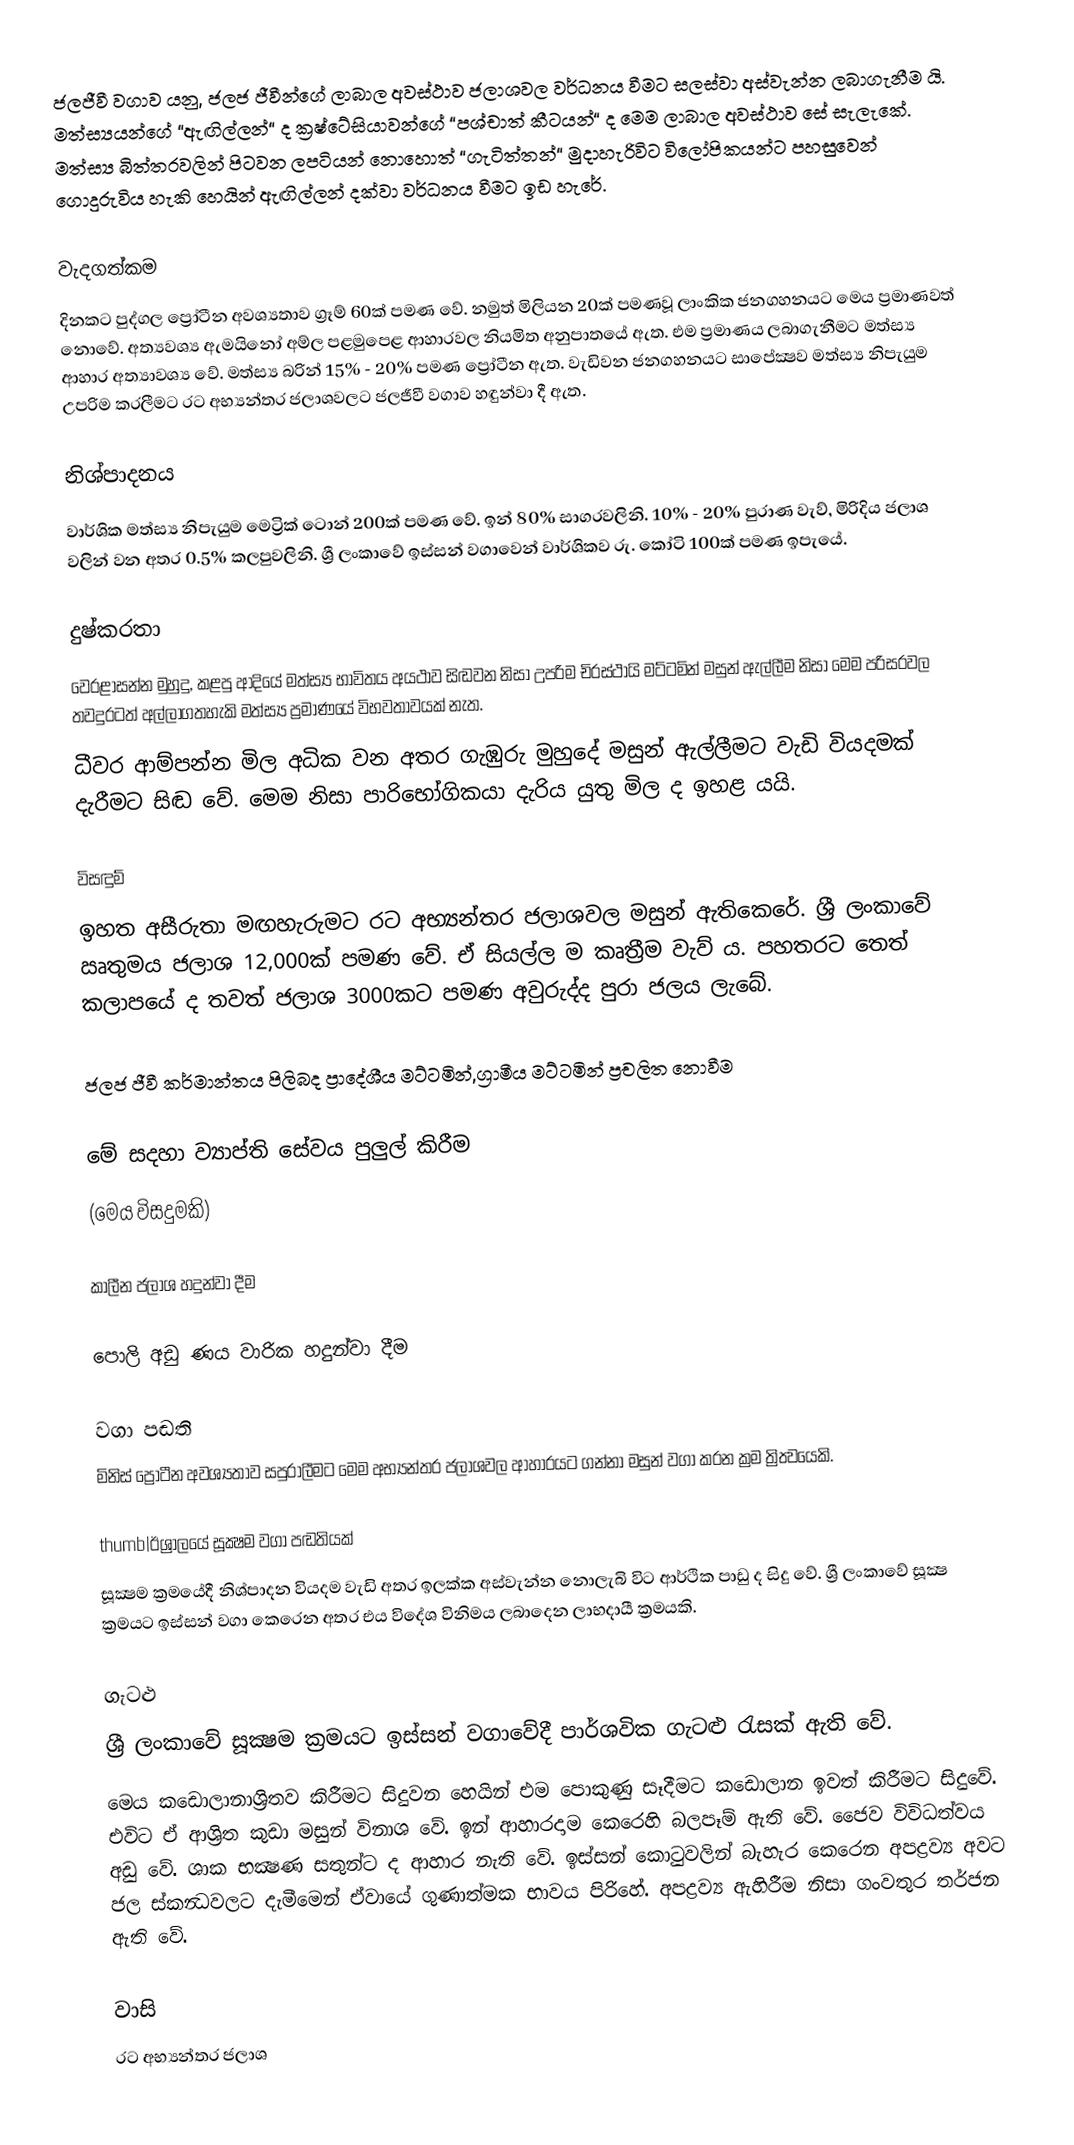
ජලජීවී වගාව යනු, ජලජ ජීවීන්ගේ ලාබාල අවස්ථාව ජලාශවල වර්ධනය වීමට සලස්වා අස්වැන්න ලබාගැනීම යි. මත්ස්‍යයන්ගේ “ඇඟිල්ලන්“ ද ක්‍රෂ්ටේසියාවන්ගේ “පශ්චාත් කීටයන්“ ද මෙම ලාබාල අවස්ථාව සේ සැලැකේ. මත්ස්‍ය බිත්තරවලින් පිටවන ලපටියන් නොහොත් “ගැටිත්තන්“ මුදාහැරිවිට විලෝපිකයන්ට පහසුවෙන් ගොදුරුවිය හැකි හෙයින් ඇඟිල්ලන් දක්වා වර්ධනය වීමට ඉඩ හැරේ.

වැදගත්කම
දිනකට පුද්ගල ප්‍රෝටීන අවශ්‍යතාව ග්‍රෑම් 60ක් පමණ වේ. නමුත් මිලියන 20ක් පමණවූ ලාංකික ජනගහනයට මෙය ප්‍රමාණවත් නොවේ. අත්‍යවශ්‍ය ඇමයිනෝ අම්ල පළමුපෙළ ආහාරවල නියමිත අනුපාතයේ ඇත. එම ප්‍රමාණය ලබාගැනීමට මත්ස්‍ය ආහාර අත්‍යාවශ්‍ය වේ. මත්ස්‍ය බරින් 15% - 20% පමණ ප්‍රෝටීන ඇත. වැඩිවන ජනගහනයට සාපේක්‍ෂව මත්ස්‍ය නිපැයුම උපරිම කරලීමට රට අභ්‍යන්තර ජලාශවලට ජලජීවී වගාව හඳුන්වා දී ඇත.

නිශ්පාදනය
වාර්ශික මත්ස්‍ය නිපැයුම මෙට්‍රික් ටොන් 200ක් පමණ වේ. ඉන් 80% සාගරවලිනි. 10% - 20% පුරාණ වැව්, මිරිදිය ජලාශ වලින් වන අතර 0.5% කලපුවලිනි. ශ්‍රී ලංකාවේ ඉස්සන් වගාවෙන් වාර්ශිකව රු. කෝටි 100ක් පමණ ඉපැයේ.

දුෂ්කරතා
වෙරළාසන්න මුහුදු, කළපු ආදියේ මත්ස්‍ය භාවිතය අයථාව සිඬවන නිසා උපරිම චිරස්ථායි මට්ටමින් මසුන් ඇල්ලීම නිසා මෙම පරිසරවල තවදුරටත් අල්ලාගතහැකි මත්ස්‍ය ප්‍රමාණයේ විභවතාවයක් නැත.
ධීවර ආම්පන්න මිල අධික වන අතර ගැඹුරු මුහුදේ මසුන් ඇල්ලීමට වැඩි වියදමක් දැරීමට සිඬ වේ. මෙම නිසා පාරිභෝගිකයා දැරිය යුතු මිල ද ඉහළ යයි.

විසඳුම්
ඉහත අසීරුතා මඟහැරුමට රට අභ්‍යන්තර ජලාශවල මසුන් ඇතිකෙරේ. ශ්‍රී ලංකාවේ ඍතුමය ජලාශ 12,000ක් පමණ වේ. ඒ සියල්ල ම කෘත්‍රීම වැව් ය. පහතරට තෙත් කලාපයේ ද තවත් ජලාශ 3000කට පමණ අවුරුද්ද පුරා ජලය ලැබේ.

ජලජ ජීවී කර්මාන්තය පිලිබද ප්‍රාදේශීය මට්ටමින්,ග්‍රාමීය මට්ටමින්  ප්‍රචලිත නොවීම

මේ සදහා ව්‍යාප්ති සේවය පුලුල් කිරීම
(මෙය විසදුමකි)

කාලීන ජලාශ හදුන්වා දීම

පොලි අඩු ණය වාරික හදුන්වා දීම

වගා පඬති
මිනිස් ප්‍රෝටීන අවශ්‍යතාව සපුරාලීමට මෙම අභ්‍යන්තර ජලාශවල ආහාරයට ගන්නා මසුන් වගා කරන ක්‍රම ත්‍රිත්‍වයෙකි.

thumb|ඊශ්‍රාලයේ සූක්‍ෂම වගා පඬතියක්
සූක්‍ෂම ක්‍රමයේදී නිශ්පාදන වියදම වැඩි අතර ඉලක්ක අස්වැන්න නොලැබි විට ආර්ථික පාඩු ද සිදු වේ. ශ්‍රී ලංකාවේ සූක්‍ෂ ක්‍රමයට ඉස්සන් වගා කෙරෙන අතර එය විදේශ විනිමය ලබාදෙන ලාභදායී ක්‍රමයකි.

ගැටළු
ශ්‍රී ලංකාවේ සූක්‍ෂම ක්‍රමයට ඉස්සන් වගාවේදී පාර්ශවික ගැටළු රැසක් ඇති වේ.
මෙය කඩොලානාශ්‍රිතව කිරීමට සිදුවන හෙයින් එම පොකුණු සෑදීමට කඩොලාන ඉවත් කිරීමට සිදුවේ. එවිට ඒ ආශ්‍රිත කුඩා මසුන් විනාශ වේ. ඉන් ආහාරදාම කෙරෙහි බලපෑම් ඇති වේ. ජෛව විවිධත්වය අඩු වේ. ශාක භක්‍ෂණ සතුන්ට ද ආහාර නැති වේ. ඉස්සන් කොටුවලින් බැහැර කෙරෙන අපද්‍රව්‍ය අවට ජල ස්කන්‍ධවලට දැමීමෙන් ඒවායේ ගුණාත්මක භාවය පිරිහේ. අපද්‍රව්‍ය ඇහිරීම නිසා ගංවතුර තර්ජන ඇති වේ.

වාසි
රට අභ්‍යන්තර ජලාශ